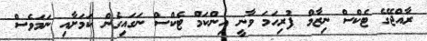
ރާއްޖޭގެ ޓެކްސް ނިޒާމް ފުރިހަމަ ވާނީ އިންކަމް ޓެކްސް ނަގައިގެން ކަމަށާއި ނަމަވެސް